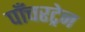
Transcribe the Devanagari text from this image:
पाँचरट्रेन